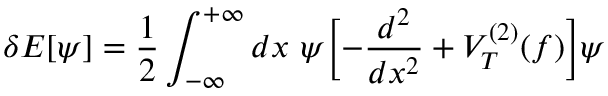
\delta E [ \psi ] = { \frac { 1 } { 2 } } \int _ { - \infty } ^ { + \infty } d x ~ \psi \biggl [ - { \frac { d ^ { 2 } } { d x ^ { 2 } } } + V _ { T } ^ { ( 2 ) } ( f ) \biggr ] \psi